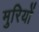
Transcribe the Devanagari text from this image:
मुरियों